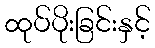
ထုပ်ပိုးခြင်းနှင့်